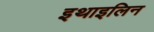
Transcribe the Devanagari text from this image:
इथाइलिन